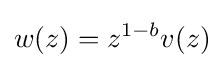
w(z)=z^{1-b}v(z)